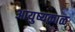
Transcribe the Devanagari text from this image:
आयुष्यकाळ